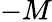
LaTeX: -M